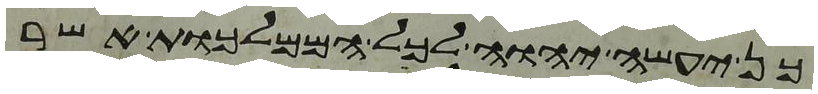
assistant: כן יעשה יהוה לכל הממלכות אשר